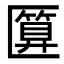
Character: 匴